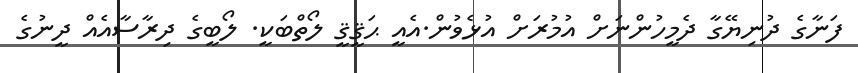
ފަނާގެ ދުނިޔޭގާ ދެމީހުންނަށް އުމުރަށް އުޅެވުން.އެއީ ޙަޤީޤީ ލޯތްބަކީ. ލޯބީގެ ދިރާސާއެއް ދީނުގެ